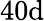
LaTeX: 40\mathrm{d}